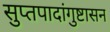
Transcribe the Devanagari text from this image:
सुप्तपादांगुष्टासन